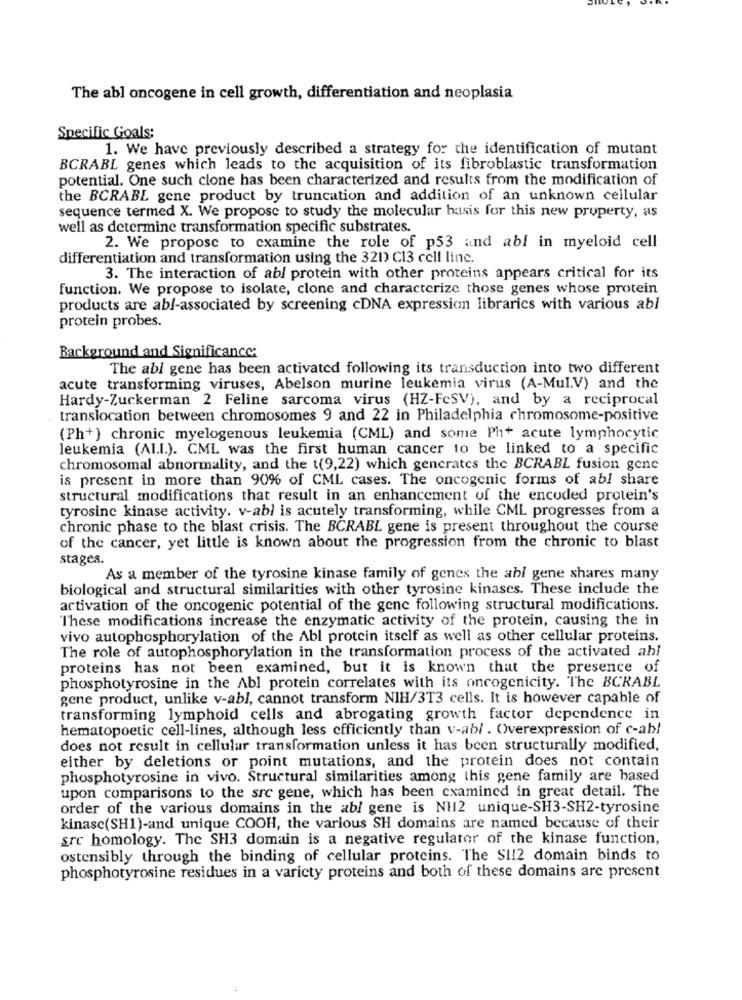
The abl oncogene in cell growth, differentiation and neoplasia
Specific Goals;
1. We have previously described a strategy for the identification of mutant
BCRABL genes which leads to the acquisition of its fibroblastic transformation
potential. One such clone has been characterized and results from the modification of
the BCRABL gene product by truncation and addition of an unknown cellular
sequence termed X. We propose to study the molecular basis for this new property, as
well as determine transformation specific substrates.
2. We proposc to examine the role of p53 and abl in myeloid cell
differentiation and transformation using the 321) C13 cell linc.
3. The interaction of abl protein with other proteins appears critical for its
function. We propose to isolate, clone and characterize those genes whose protein
products are abl-associated by screening cDNA expression librarics with various abl
protein probes.
Background and Significance:
The abl gene has been activated following its transduction into two different
acute transforming viruses, Abelson murine leukemia virus (A-Mul.V) and the
Hardy-Zuckerman 2 Feline sarcoma virus (HZ-FcSV), and by a reciprocal
translocation between chromosomes 9 and 22 in Philadelphia chromosome-positive
(Ph+} chronic myelogenous leukemia (CML) and some Ph+ acute lymphocytic
leukemia (ALI.). CML was the first human cancer to be linked to a specific
chromosomal abnormality, and the t(9,22) which generates the BCRABL fusion gene
is present in more than 90% of CML cases. The oncogenic forms of abl share
structural modifications that result in an enhancement of the encoded protein's
tyrosine kinase activity. v-abl is acutely transforming, while CML progresses from a
chronic phase to the blast crisis. The BCRABL gene is present throughout the course
of the cancer, yet little is known about the progression from the chronic to blast
stages.
As a member of the tyrosine kinase family of genes the abl gene shares many
biological and structural similarities with other tyrosine kinases. These include the
activation of the oncogenic potential of the gene following structural modifications.
These modifications increase the enzymatic activity of the protein, causing the in
vivo autophosphorylation of the Abl protein itself as well as other cellular proteins.
The role of autophosphorylation in the transformation process of the activated abl
proteins has not been examined, but it is known that the presence of
phosphotyrosine in the Abl protein correlates with its oncogenicity. The BCRABL
gene product, unlike v-abl, cannot transform NIH/3T3 cells. It is however capable of
transforming lymphoid cells and abrogating growth factor dependence in
hematopoetic cell-lines, although less efficiently than v-abl . Overexpression of c-abl
does not result in cellular transformation unless it has been structurally modified,
either by deletions or point mutations, and the protein does not contain
phosphotyrosine in vivo. Structural similarities among this gene family are based
upon comparisons to the src gene, which has been examined in great detail. The
order of the various domains in the abl gene is NI12 unique-SH3-SH2-tyrosine
kinasc(SH1)-and unique COOH, the various SH domains are named because of their
src homology. The SH3 domain is a negative regulator of the kinase function,
ostensibly through the binding of cellular proteins. The SI!2 domain binds to
phosphotyrosine residues in a variety proteins and both of these domains are present